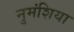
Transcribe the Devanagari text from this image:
नुमंशिया